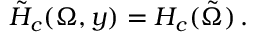
\tilde { H } _ { c } ( \Omega , y ) = H _ { c } ( \tilde { \Omega } ) \, .